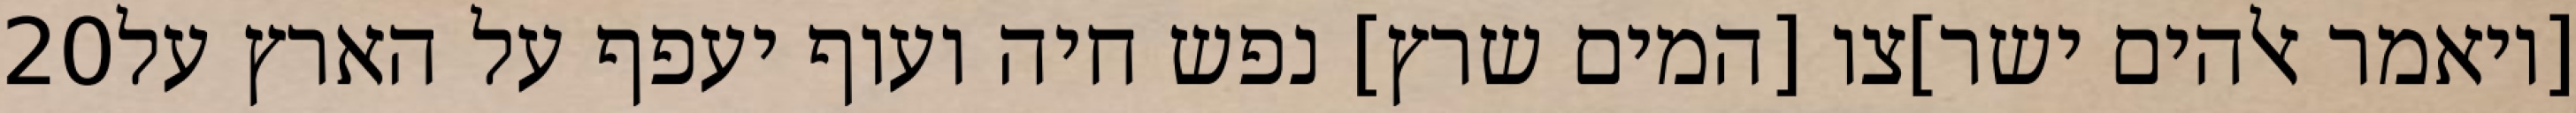
‎20‏ [ויאמר אלהים ישר]צו [המים שרץ] נפש חיה ועוף יעפף על הארץ על